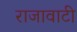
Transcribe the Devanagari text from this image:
राजावाटी